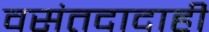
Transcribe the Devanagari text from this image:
वसंतदादाही